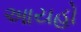
આયહો